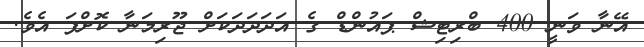
އޭނާ ވަނީ 400 ބްރިޓިޝް ޕައުންޑް ގެ އަދަދަދަކަށް ޖޫރިމަނާ ކޮށްފަ އެވެ.